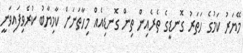
މޭޔަރު ކަމުގެ ހަތަރު ގޮނޑީގެ ތެރެއިން ތިން ގޮނޑިއެއް މިހާތަނަށް ކާމިޔާބު ކުރެވިފައިވަނީ